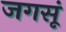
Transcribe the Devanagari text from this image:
जगसूं